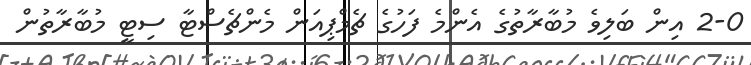
2-0 އިން ބަލިވެ މުބާރާތުގެ އެންމެ ފަހުގެ ޗެމްޕިއަން މެންޗެސްޓާ ސިޓީ މުބާރާތުން